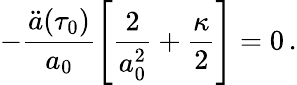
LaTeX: -\frac{\ddot{a}(\tau_{0})}{a_{0}}\left[\frac{2}{a_{0}^{2}}+\frac{\kappa}{2}\right]=0\, .